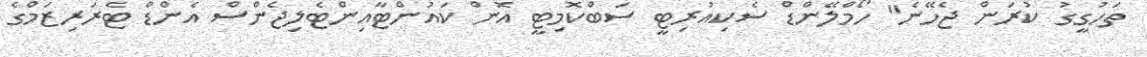
ތަހުގީގު ކުރަން ޖެހޭނެ" ހޯމްލޭންޑް ސެކިއުރިޓީ ސަބްކޮމިޓީ އޮން ކައުންޓާއިންޓެލިޖެންސް އެންޑް ޓެރަރިޒަމްގެ